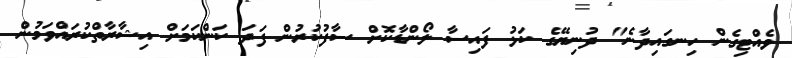
ވެއްޓިގެން ހިނގައިދާނެ" ދުނިޔޭގެ ކަޅު ފައިސާ ލޯންޑާކޮށް ސާފުކުރުން ފަދަ ކަންކަމަށް އިޝާރާތްކުރައްވަމުން